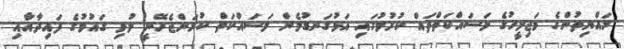
ރައްޔިތުންގެ މަޖިލީހުގެ މަސައްކަތްތައް ކުރުމުގައި އަޅުގަނޑުމެން މަސައްކަތް ކުރަންޖެހޭނީ މުޅި ގައުމުގެ ފައިދާއާއި